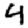
Digit: 4